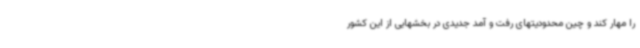
را مهار کند و چین محدودیتهای رفت و آمد جدیدی در بخشهایی از این کشور